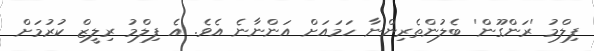
ފިލްމު 'ރަންގޫން' ބެލުންތެރިންނާ ހަމައަށް އަންނާނެ އެވެ. އެ ފިލްމު ރިލީޒް ކުރުމަށް